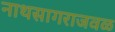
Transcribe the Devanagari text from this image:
नाथसागराजवळ